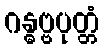
ဂန္ဓဗ္ဗပုတ္တံ